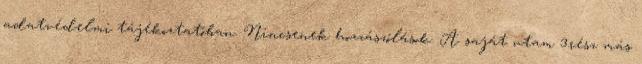
adatvédelmi tájékoztatóban. Nincsenek hozzászólások. A saját utam 3.rész más